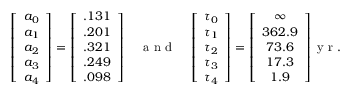
\left[ \begin{array} { c } { a _ { 0 } } \\ { a _ { 1 } } \\ { a _ { 2 } } \\ { a _ { 3 } } \\ { a _ { 4 } } \end{array} \right] = \left[ \begin{array} { c } { . 1 3 1 } \\ { . 2 0 1 } \\ { . 3 2 1 } \\ { . 2 4 9 } \\ { . 0 9 8 } \end{array} \right] \quad \mathrm { ~ a ~ n ~ d ~ } \quad \left[ \begin{array} { c } { \tau _ { 0 } } \\ { \tau _ { 1 } } \\ { \tau _ { 2 } } \\ { \tau _ { 3 } } \\ { \tau _ { 4 } } \end{array} \right] = \left[ \begin{array} { c } { \infty } \\ { 3 6 2 . 9 } \\ { 7 3 . 6 } \\ { 1 7 . 3 } \\ { 1 . 9 } \end{array} \right] \mathrm { ~ y ~ r ~ } .